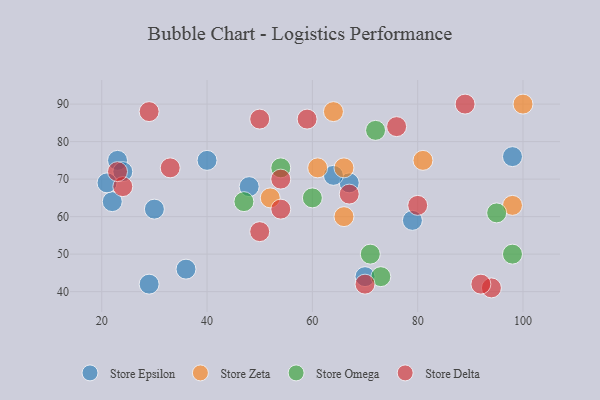
{"axis": {"x": "GDP", "y": "Life Expectancy"}, "legend": ["Store Delta", "Store Epsilon", "Store Omega", "Store Zeta"], "data": [{"x": "23", "y": 75, "type": "Store Epsilon"}, {"x": "24", "y": 72, "type": "Store Epsilon"}, {"x": "30", "y": 62, "type": "Store Epsilon"}, {"x": "22", "y": 64, "type": "Store Epsilon"}, {"x": "67", "y": 69, "type": "Store Epsilon"}, {"x": "40", "y": 75, "type": "Store Epsilon"}, {"x": "98", "y": 76, "type": "Store Epsilon"}, {"x": "48", "y": 68, "type": "Store Epsilon"}, {"x": "70", "y": 44, "type": "Store Epsilon"}, {"x": "29", "y": 42, "type": "Store Epsilon"}, {"x": "64", "y": 71, "type": "Store Epsilon"}, {"x": "79", "y": 59, "type": "Store Epsilon"}, {"x": "21", "y": 69, "type": "Store Epsilon"}, {"x": "36", "y": 46, "type": "Store Epsilon"}, {"x": "66", "y": 60, "type": "Store Zeta"}, {"x": "100", "y": 90, "type": "Store Zeta"}, {"x": "52", "y": 65, "type": "Store Zeta"}, {"x": "81", "y": 75, "type": "Store Zeta"}, {"x": "64", "y": 88, "type": "Store Zeta"}, {"x": "66", "y": 73, "type": "Store Zeta"}, {"x": "61", "y": 73, "type": "Store Zeta"}, {"x": "98", "y": 63, "type": "Store Zeta"}, {"x": "72", "y": 83, "type": "Store Omega"}, {"x": "95", "y": 61, "type": "Store Omega"}, {"x": "73", "y": 44, "type": "Store Omega"}, {"x": "54", "y": 73, "type": "Store Omega"}, {"x": "98", "y": 50, "type": "Store Omega"}, {"x": "47", "y": 64, "type": "Store Omega"}, {"x": "60", "y": 65, "type": "Store Omega"}, {"x": "71", "y": 50, "type": "Store Omega"}, {"x": "89", "y": 90, "type": "Store Delta"}, {"x": "50", "y": 86, "type": "Store Delta"}, {"x": "70", "y": 42, "type": "Store Delta"}, {"x": "59", "y": 86, "type": "Store Delta"}, {"x": "67", "y": 66, "type": "Store Delta"}, {"x": "80", "y": 63, "type": "Store Delta"}, {"x": "29", "y": 88, "type": "Store Delta"}, {"x": "76", "y": 84, "type": "Store Delta"}, {"x": "24", "y": 68, "type": "Store Delta"}, {"x": "33", "y": 73, "type": "Store Delta"}, {"x": "54", "y": 62, "type": "Store Delta"}, {"x": "54", "y": 70, "type": "Store Delta"}, {"x": "94", "y": 41, "type": "Store Delta"}, {"x": "23", "y": 72, "type": "Store Delta"}, {"x": "50", "y": 56, "type": "Store Delta"}, {"x": "92", "y": 42, "type": "Store Delta"}]}